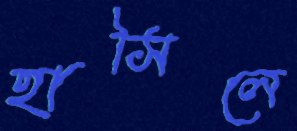
হাসিলে